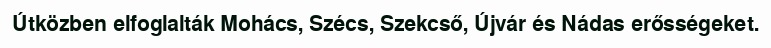
Útközben elfoglalták Mohács, Szécs, Szekcső, Újvár és Nádas erősségeket.